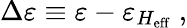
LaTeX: \Delta\varepsilon\equiv\varepsilon-\varepsilon_{H_{\mathrm{eff}}}\ ,